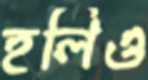
হলিও